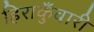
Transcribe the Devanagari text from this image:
हिराकुँवारी